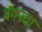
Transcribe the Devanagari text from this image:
वॅगनचा